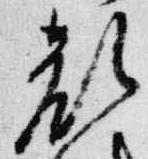
顔